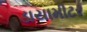
ડાયામીટર